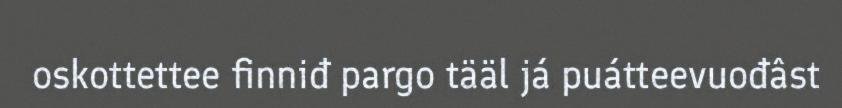
oskottettee finniđ pargo tääl já puátteevuođâst